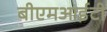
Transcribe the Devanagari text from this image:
बीएमआईटी